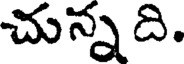
చున్నది.